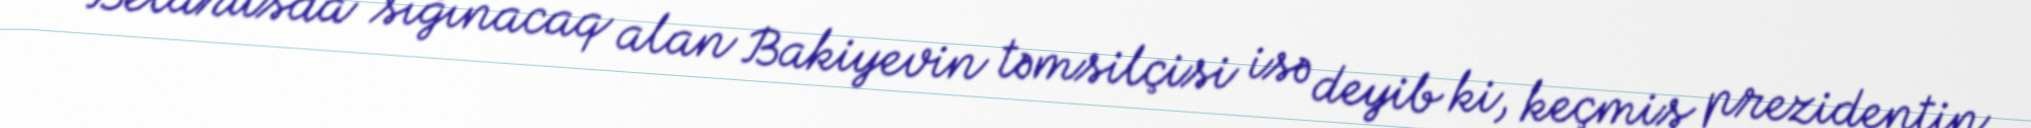
Belarusda sığınacaq alan Bakiyevin təmsilçisi isə deyib ki, keçmiş prezidentin